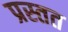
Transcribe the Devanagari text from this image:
प्रस्तत